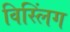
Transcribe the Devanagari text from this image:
विस्लिंग